Civil Veterinary Department. Madras. Admin. report 1910-25 - 1910-1925
Year: 1910
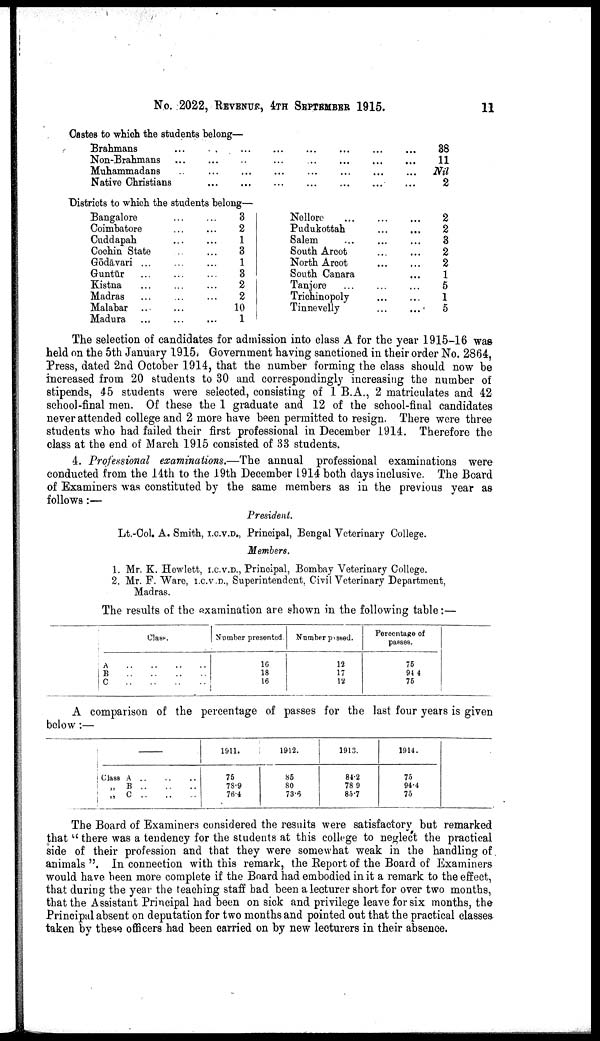
No. 2022, REVENUE, 4TH SEPTEMBER 1915.
11
Castes to which the students belong—
Brahmans ... ... ... ... ... ... ... ...
Non-Brahmans ... ... ... ... ... ... ... ...
Muhammadans ... ... ... ... ... ... ... ...
Native Christians ... ... ... ... ... ... ... ...
38
11
Nil
2
Districts to which the students belong—
Bangalore ... ...
Coimbatore ... ...
Cuddapah ... ...
Cochin State .. ...
Gōdāvari ... ... ...
Guntūr ... ... ...
Kistna ... ... ...
Madras ... ... ...
Malabar ... ...
Madura ... ... ...
3
2
1
3
1
3
2
2
10
1
Nellore
...
...
...
Pudukottah ... ...
Salem ... ... ...
South Arcot ... ...
North Arcot
...
...
South Canara ...
Tanjore ... ... ...
Trichinopoly ... ...
Tinnevelly ... ...
2
2
3
2
2
1
5
1
5
The selection of candidates for admission into class A for the year 1915-16 was
held on the 5th January 1915. Government having sanctioned in their order No. 2864,
Press, dated 2nd October 1914, that the number forming the class should now be
increased from 20 students to 30 and correspondingly increasing the number of
stipends, 45 students were selected, consisting of 1 B.A., 2 matriculates and 42
school-final men. Of these the 1 graduate and 12 of the school-final candidates
never attended college and 2 more have been permitted to resign. There were three
students who had failed their first professional in December 1914. Therefore the
class at the end of March 1915 consisted of 33 students.
4. Professional examinations.—The annual professional examinations were
conducted from the 14th to the 19th December 1914 both days inclusive. The Board
of Examiners was constituted by the same members as in the previous year as
follows :—
President.
Lt.-Col. A. Smith, I.C.V.D., Principal, Bengal Veterinary College.
Members.
1. Mr. K. Hewlett, I.C.V.D., Principal, Bombay Veterinary College.
2. Mr. F. Ware, I.C.V.D., Superintendent, Civil Veterinary Department,
Madras.
The results of the examination are shown in the following table:—
Class.
A
..
..
..
..
B
..
..
..
..
C
..
..
..
..
Number presented.
16
18
16
Number passed.
12
17
12
Percentage of
passes.
75
944
75
A comparison of the percentage of passes for the last four years is given
below :—
Class A .. .. ..
„ B
..
..
..
„
C
..
..
..
1911.
75
78.9
76.4
1912.
85
80
73.6
1913.
84.2
78.9
85.7
1914.
75
94.4
75
The Board of Examiners considered the results were satisfactory but remarked
that " there was a tendency for the students at this college to neglect the practical
side of their profession and that they were somewhat weak in the handling of
animals ". In connection with this remark, the Report of the Board of Examiners
would have been more complete if the Board had embodied in it a remark to the effect,
that during the year the teaching staff had been a lecturer short for over two months,
that the Assistant Principal had been on sick and privilege leave for six months, the
Principal absent on deputation for two months and pointed out that the practical classes
taken by these officers had been carried on by new lecturers in their absence.